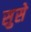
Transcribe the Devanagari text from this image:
सुसे